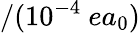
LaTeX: /(10^{-4}~ea_{0})